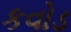
કવોડ